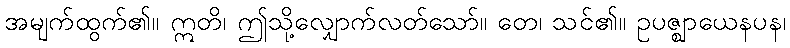
အမျက်ထွက်၏။ ဣတိ၊ ဤသို့လျှောက်လတ်သော်။ တေ၊ သင်၏။ ဥပဇ္ဈာယေနပန၊